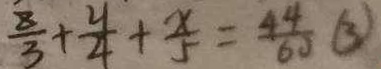
\frac { 8 } { 3 } + \frac { y } { 4 } + \frac { x } { 5 } = \frac { 4 4 } { 6 0 } \textcircled { 3 }